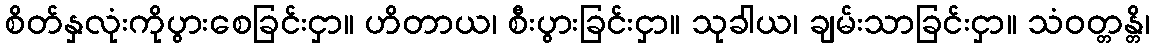
စိတ်နှလုံးကိုပွားစေခြင်းငှာ။ ဟိတာယ၊ စီးပွားခြင်းငှာ။ သုခါယ၊ ချမ်းသာခြင်းငှာ။ သံဝတ္တန္တိ၊